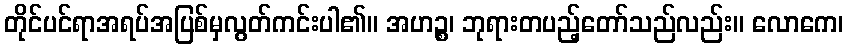
တိုင်ပင်ရာအရပ်အပြစ်မှလွတ်ကင်းပါ၏။ အဟဉ္စ၊ ဘုရားတပည့်တော်သည်လည်း။ လောကေ၊